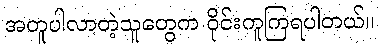
အတူပါလာတဲ့သူတွေက ဝိုင်းကူကြရပါတယ်။